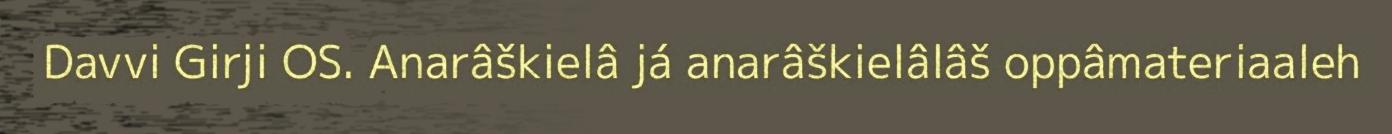
Davvi Girji OS. Anarâškielâ já anarâškielâlâš oppâmateriaaleh